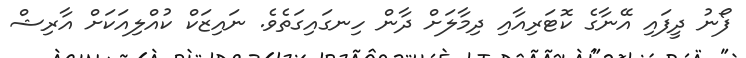
ފޯނު ދީފައި އޭނާގެ ކޮޓަރިއާއި ދިމާލަށް ދާން ހިނގައިގަތެވެ. ނައިޒަކް ކުއްލިއަކަށް އާރިޝް